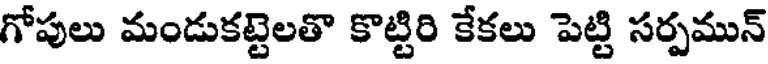
గోపులు మండుకట్టెలతొ కొట్టిరి కేకలు పెట్టి సర్పమున్